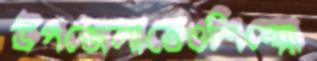
উপজেলাতেওশিল্পো